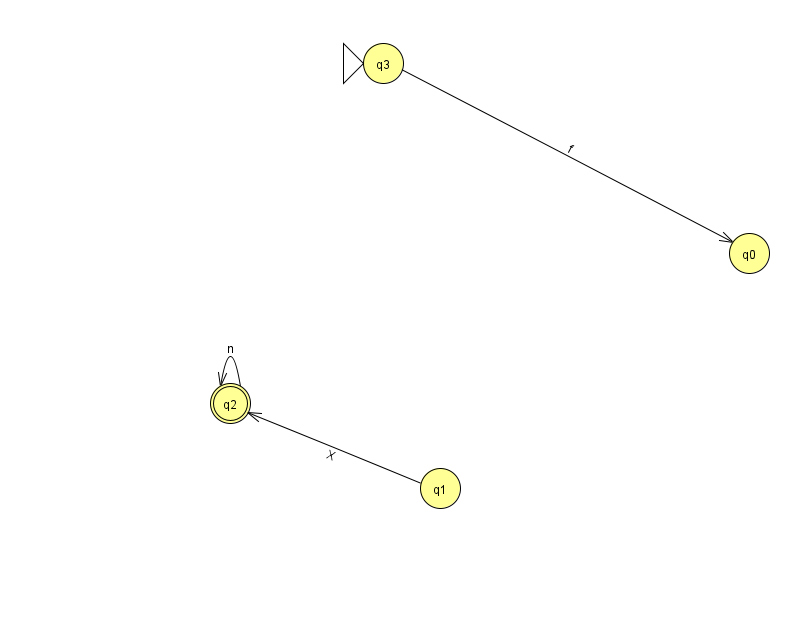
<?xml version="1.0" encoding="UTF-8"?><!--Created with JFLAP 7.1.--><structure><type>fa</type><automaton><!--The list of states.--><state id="0" name="q0"><x>749.0</x><y>240.0</y></state><state id="1" name="q1"><x>440.0</x><y>475.0</y></state><state id="2" name="q2"><x>230.0</x><y>390.0</y><final/></state><state id="3" name="q3"><x>383.0</x><y>50.0</y><initial/></state><!--The list of transitions.--><transition><from>3</from><to>0</to><read>f</read></transition><transition><from>1</from><to>2</to><read>X</read></transition><transition><from>2</from><to>2</to><read>n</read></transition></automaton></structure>